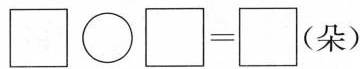
$$\Box \circ \Box = \Box$$（朵）